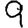
Digit: 9